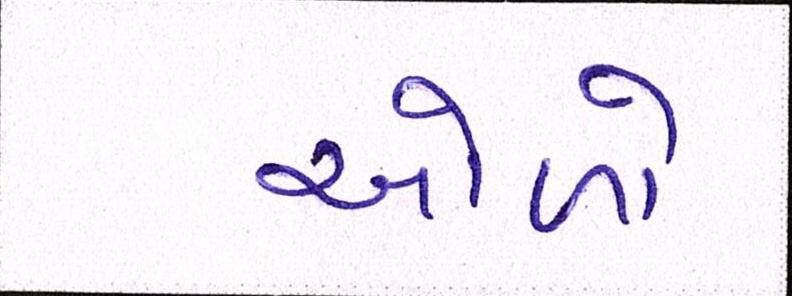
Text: ઓળો